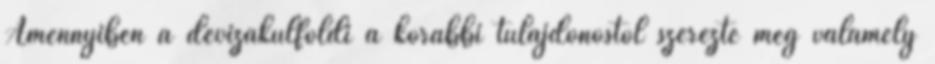
Amennyiben a devizakülföldi a korábbi tulajdonostól szerezte meg valamely